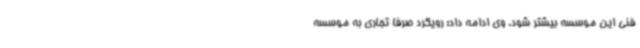
فنی این موسسه بیشتر شود. وی ادامه داد: رویکرد صرفاً تجاری به موسسه